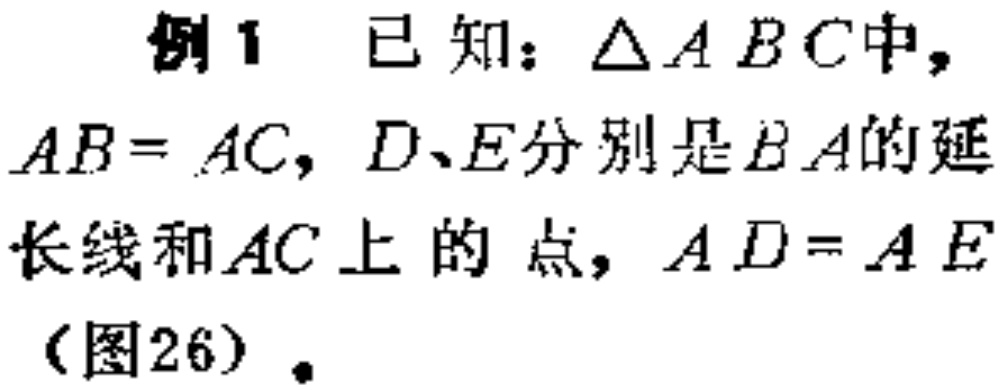
例1 已知：\(\triangle ABC\)中，\(AB = AC\)，\(D、E\)分别是\(BA\)的延长线和\(AC\)上的点，\(AD = AE\)（图26）.